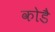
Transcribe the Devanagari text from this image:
कोडै